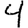
Digit: 4